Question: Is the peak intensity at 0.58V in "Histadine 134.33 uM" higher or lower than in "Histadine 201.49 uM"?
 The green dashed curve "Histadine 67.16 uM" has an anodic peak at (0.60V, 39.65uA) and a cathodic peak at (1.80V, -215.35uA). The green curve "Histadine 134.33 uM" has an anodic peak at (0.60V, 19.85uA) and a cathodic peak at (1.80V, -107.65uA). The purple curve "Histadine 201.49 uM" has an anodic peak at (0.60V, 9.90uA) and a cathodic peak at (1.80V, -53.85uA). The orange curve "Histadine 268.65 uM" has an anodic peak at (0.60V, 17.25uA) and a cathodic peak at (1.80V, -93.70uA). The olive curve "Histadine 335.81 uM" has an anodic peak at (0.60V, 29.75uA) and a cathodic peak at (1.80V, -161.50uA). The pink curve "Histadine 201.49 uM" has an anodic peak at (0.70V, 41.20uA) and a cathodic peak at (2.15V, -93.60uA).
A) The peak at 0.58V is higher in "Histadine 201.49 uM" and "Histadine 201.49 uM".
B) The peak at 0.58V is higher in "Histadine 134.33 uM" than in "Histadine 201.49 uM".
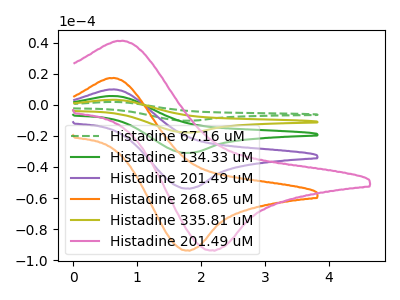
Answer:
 <answer>B) The peak at 0.58V is higher in "Histadine 134.33 uM" than in "Histadine 201.49 uM".</answer>
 <eval>B</eval>